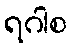
ရဂါစ